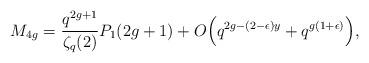
LaTeX: \begin{align*} M_{4g} = \frac{q^{2g+1}}{\zeta_q(2)} P_1(2g+1)+O \Big(q^{2g-(2-\epsilon)y}+q^{g(1+\epsilon)} \Big), \end{align*}